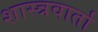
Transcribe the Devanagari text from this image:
शास्त्रवार्ता